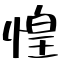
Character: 惶